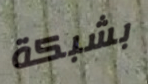
بشبكة